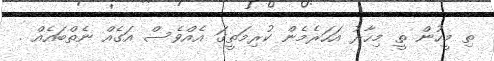
ތި މީހުން ތީ މިހާރު އަހަރެމެން ކުރިމަތީގަ އެއްވެސް އަގެއް ނެތްބައެއް .